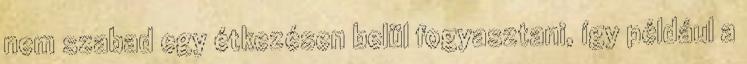
nem szabad egy étkezésen belül fogyasztani, így például a